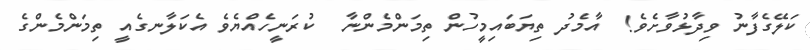
ކަލޭގެފާނު ވިދާޅުވާށެވެ!  އާމެދު ތިޔަބައިމީހުން ތިމަންމެންނާ  ކުރަނީހެއްޔެވެ އެކަލާނގެއީ ތިމަންމެންގެ